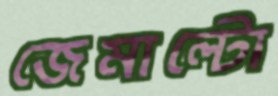
জেমাল্টো